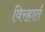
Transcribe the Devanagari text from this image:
विरहार्त